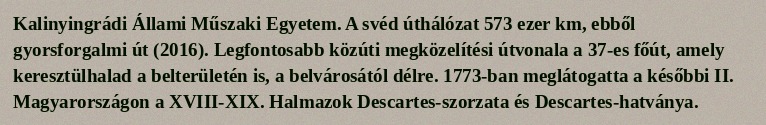
Kalinyingrádi Állami Műszaki Egyetem. A svéd úthálózat 573 ezer km, ebből gyorsforgalmi út (2016). Legfontosabb közúti megközelítési útvonala a 37-es főút, amely keresztülhalad a belterületén is, a belvárosától délre. 1773-ban meglátogatta a későbbi II. Magyarországon a XVIII-XIX. Halmazok Descartes-szorzata és Descartes-hatványa.